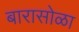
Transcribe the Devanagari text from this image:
बारासोळा